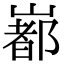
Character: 𡼞